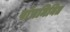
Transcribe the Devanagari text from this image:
पांचमिनित